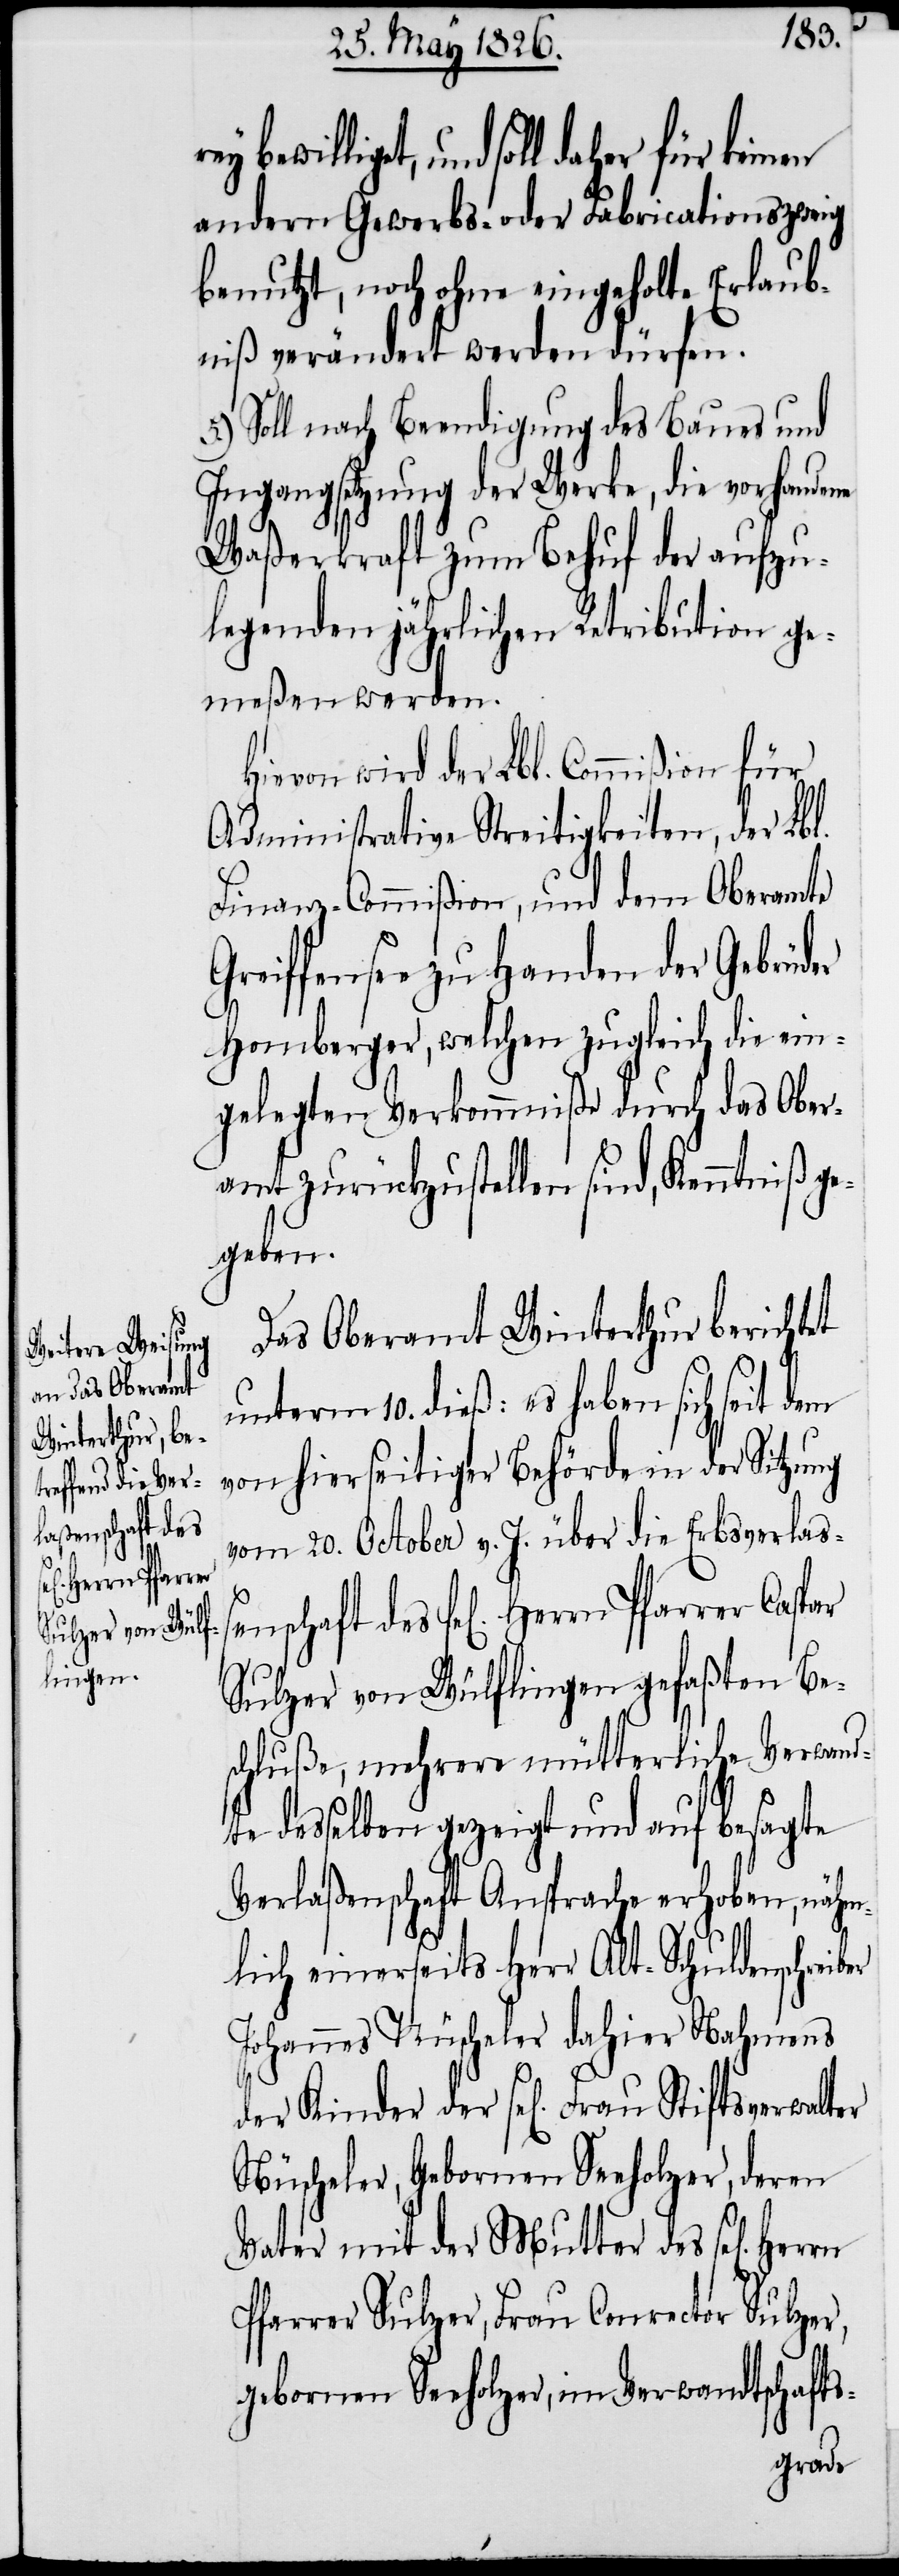
laßenschaft des
er
Herrn Pfarr¬

und soll daher für keinen
andern Gewerbs- oder Fabricationszweig
benutzt, noch ohne eingeholte Erlaub¬
niß verändert werden dürfen.
Soll nach Beendigung des Baues und
Ingangsetzung der Werke, die vorhandene
Waßerkraft zum Behuf der aufzu¬
legenden jährlichen Retribution ge¬
meßen werden.
Hievon wird der Lbl. Commißion für
Administrative Streitigkeiten, der Lbl.
Finanz-Commißion, und dem Oberamte
Greiffensee zu Handen der Gebrüder
Homberger, welchen zugleich die ein¬
gelegten Verkommniße durch das Ober¬
amt zurückzustellen sind, Kenntniß g¬
egeben.
Das Oberamt Winterthur berichtet
unterm 10. dieß: es haben sich seit dem
von hierseitiger Behörde in der Sitzung
vom 20. October v. J. über die Erbsver¬
Sulzer von Wülflingen gefaßten Be¬
schluße, mehrere mütterliche Verwandt¬
e desselben gezeigt und auf besagte
Verlaßenschaft Ansprache erhoben, nähm¬
lich einerseits Herr Alt-Schuldenschreib¬
Johannes Nüscheler dahier Nahmens
Nüscheler, gebornen Seeholzer, deren
Vater mit der Mutter des sel[igen]
Pfarrer Sulzer, Frau Conrector Sulzer,
gebornen Seeholzer, im Verwandtschafts-